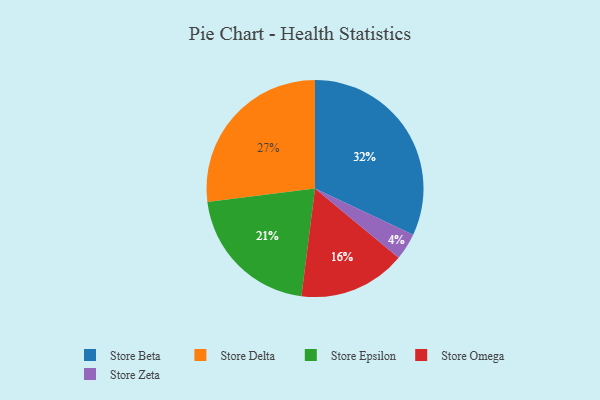
{"axis": {"x": "Category", "y": "Percentage"}, "legend": ["Store Beta", "Store Delta", "Store Epsilon", "Store Omega", "Store Zeta"], "data": [{"x": "Store Delta", "y": 27, "type": "Store Delta"}, {"x": "Store Epsilon", "y": 21, "type": "Store Epsilon"}, {"x": "Store Zeta", "y": 4, "type": "Store Zeta"}, {"x": "Store Omega", "y": 16, "type": "Store Omega"}, {"x": "Store Beta", "y": 32, "type": "Store Beta"}]}